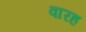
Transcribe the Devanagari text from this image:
वारह